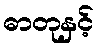
ဓာတုနှင့်